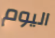
اليوم